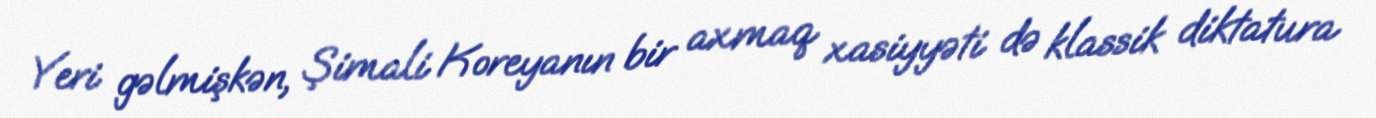
Yeri gəlmişkən, Şimali Koreyanın bir axmaq xasiyyəti də klassik diktatura